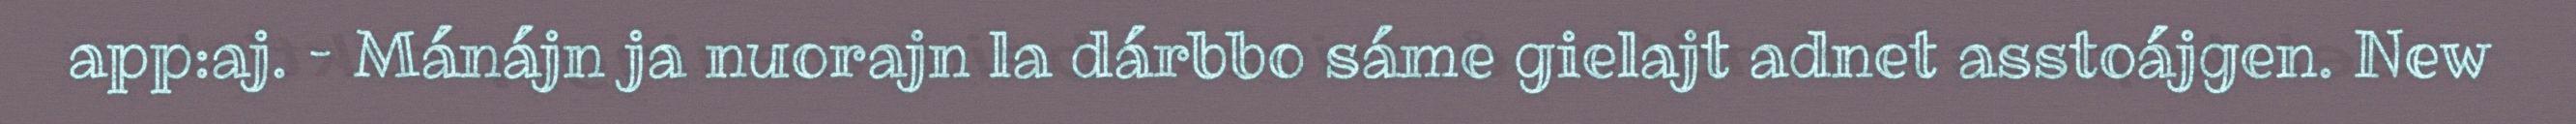
app:aj. – Mánájn ja nuorajn la dárbbo sáme gielajt adnet asstoájgen. New